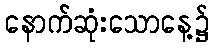
နောက်ဆုံးသောနေ့၌